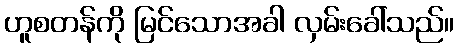
ဟူစတန်ကို မြင်သောအခါ လှမ်းခေါ်သည်။